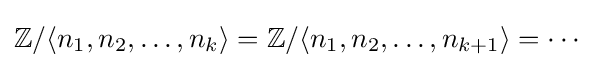
\mathbb {Z} /\langle n_{1},n_{2},\ldots ,n_{k}\rangle =\mathbb {Z} /\langle n_{1},n_{2},\ldots ,n_{k+1}\rangle =\cdots